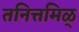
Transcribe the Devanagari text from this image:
तनित्तमिळ्